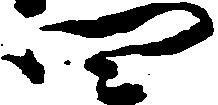
四